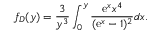
f _ { D } ( y ) = \frac { 3 } { y ^ { 3 } } \int _ { 0 } ^ { y } \frac { \mathrm { e } ^ { x } x ^ { 4 } } { ( \mathrm { e } ^ { x } - 1 ) ^ { 2 } } d x .